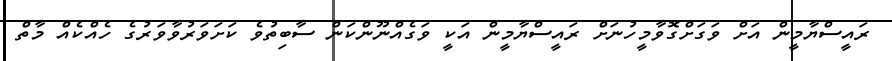
ރައީސްޔާމީން އަށް ވަގަށްގޮވާމީހުނަށް ރައީސްޔާމީން އަކީ ވަގެއްނޫންކަން ސާބިތުވެ ކަށަވަރުވާވަރުގެ ހެއްކެއް މާތް